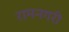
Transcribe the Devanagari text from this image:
रामनगरी